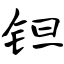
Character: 钽